Annual report on the Civil Veterinary Department, Burma (including the Insein Veterinary School) - 1932-1941
Year: 1932
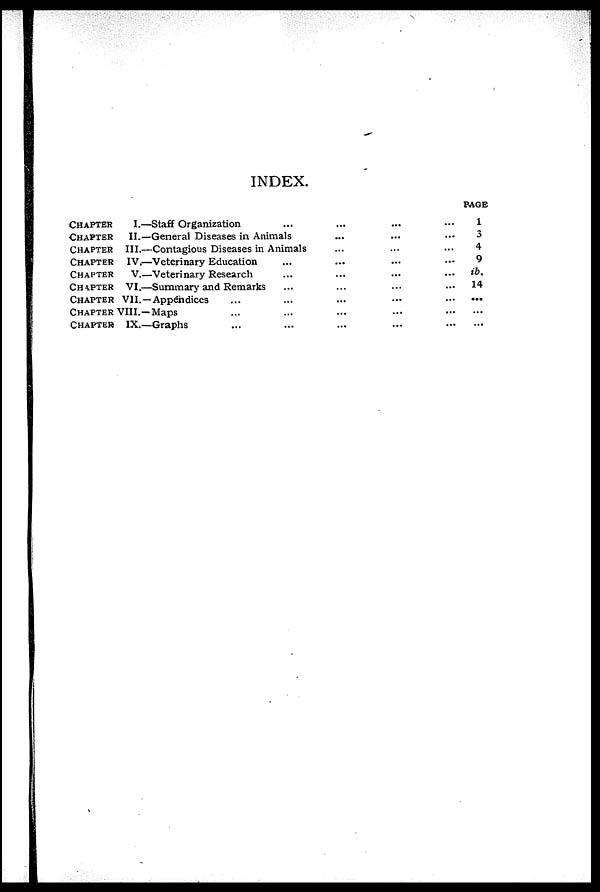
INDEX.
CHAPTER
I.—Staff Organization ... ... ...
CHAPTER
II.—General Diseases in Animals ... ... ...
CHAPTER
III.—Contagious Diseases in Animals... ... ...
CHAPTER
IV.—Veterinary Education... ... ...
CHAPTER
V.—Veterinary Research... ... ...
CHAPTER
VI.—Summary and Remarks... ... ...
CHAPTER VII.—Appendices ... ... ... ...
CHAPTER VIII.—Maps ... ... ... ...
CHAPTER
IX.—Graphs ... ... ... ...
PAGE
1
3
4
9
ib.
14
...
...
...